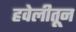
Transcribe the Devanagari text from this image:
हवेलीतून